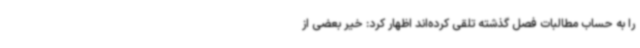
را به حساب مطالبات فصل گذشته تلقی کرده‌اند اظهار کرد: خیر بعضی از